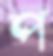
প